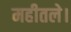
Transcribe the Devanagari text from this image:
महीतले।